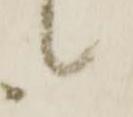
候